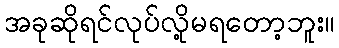
အခုဆိုရင်လုပ်လို့မရတော့ဘူး။